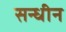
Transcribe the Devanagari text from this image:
सन्धीन